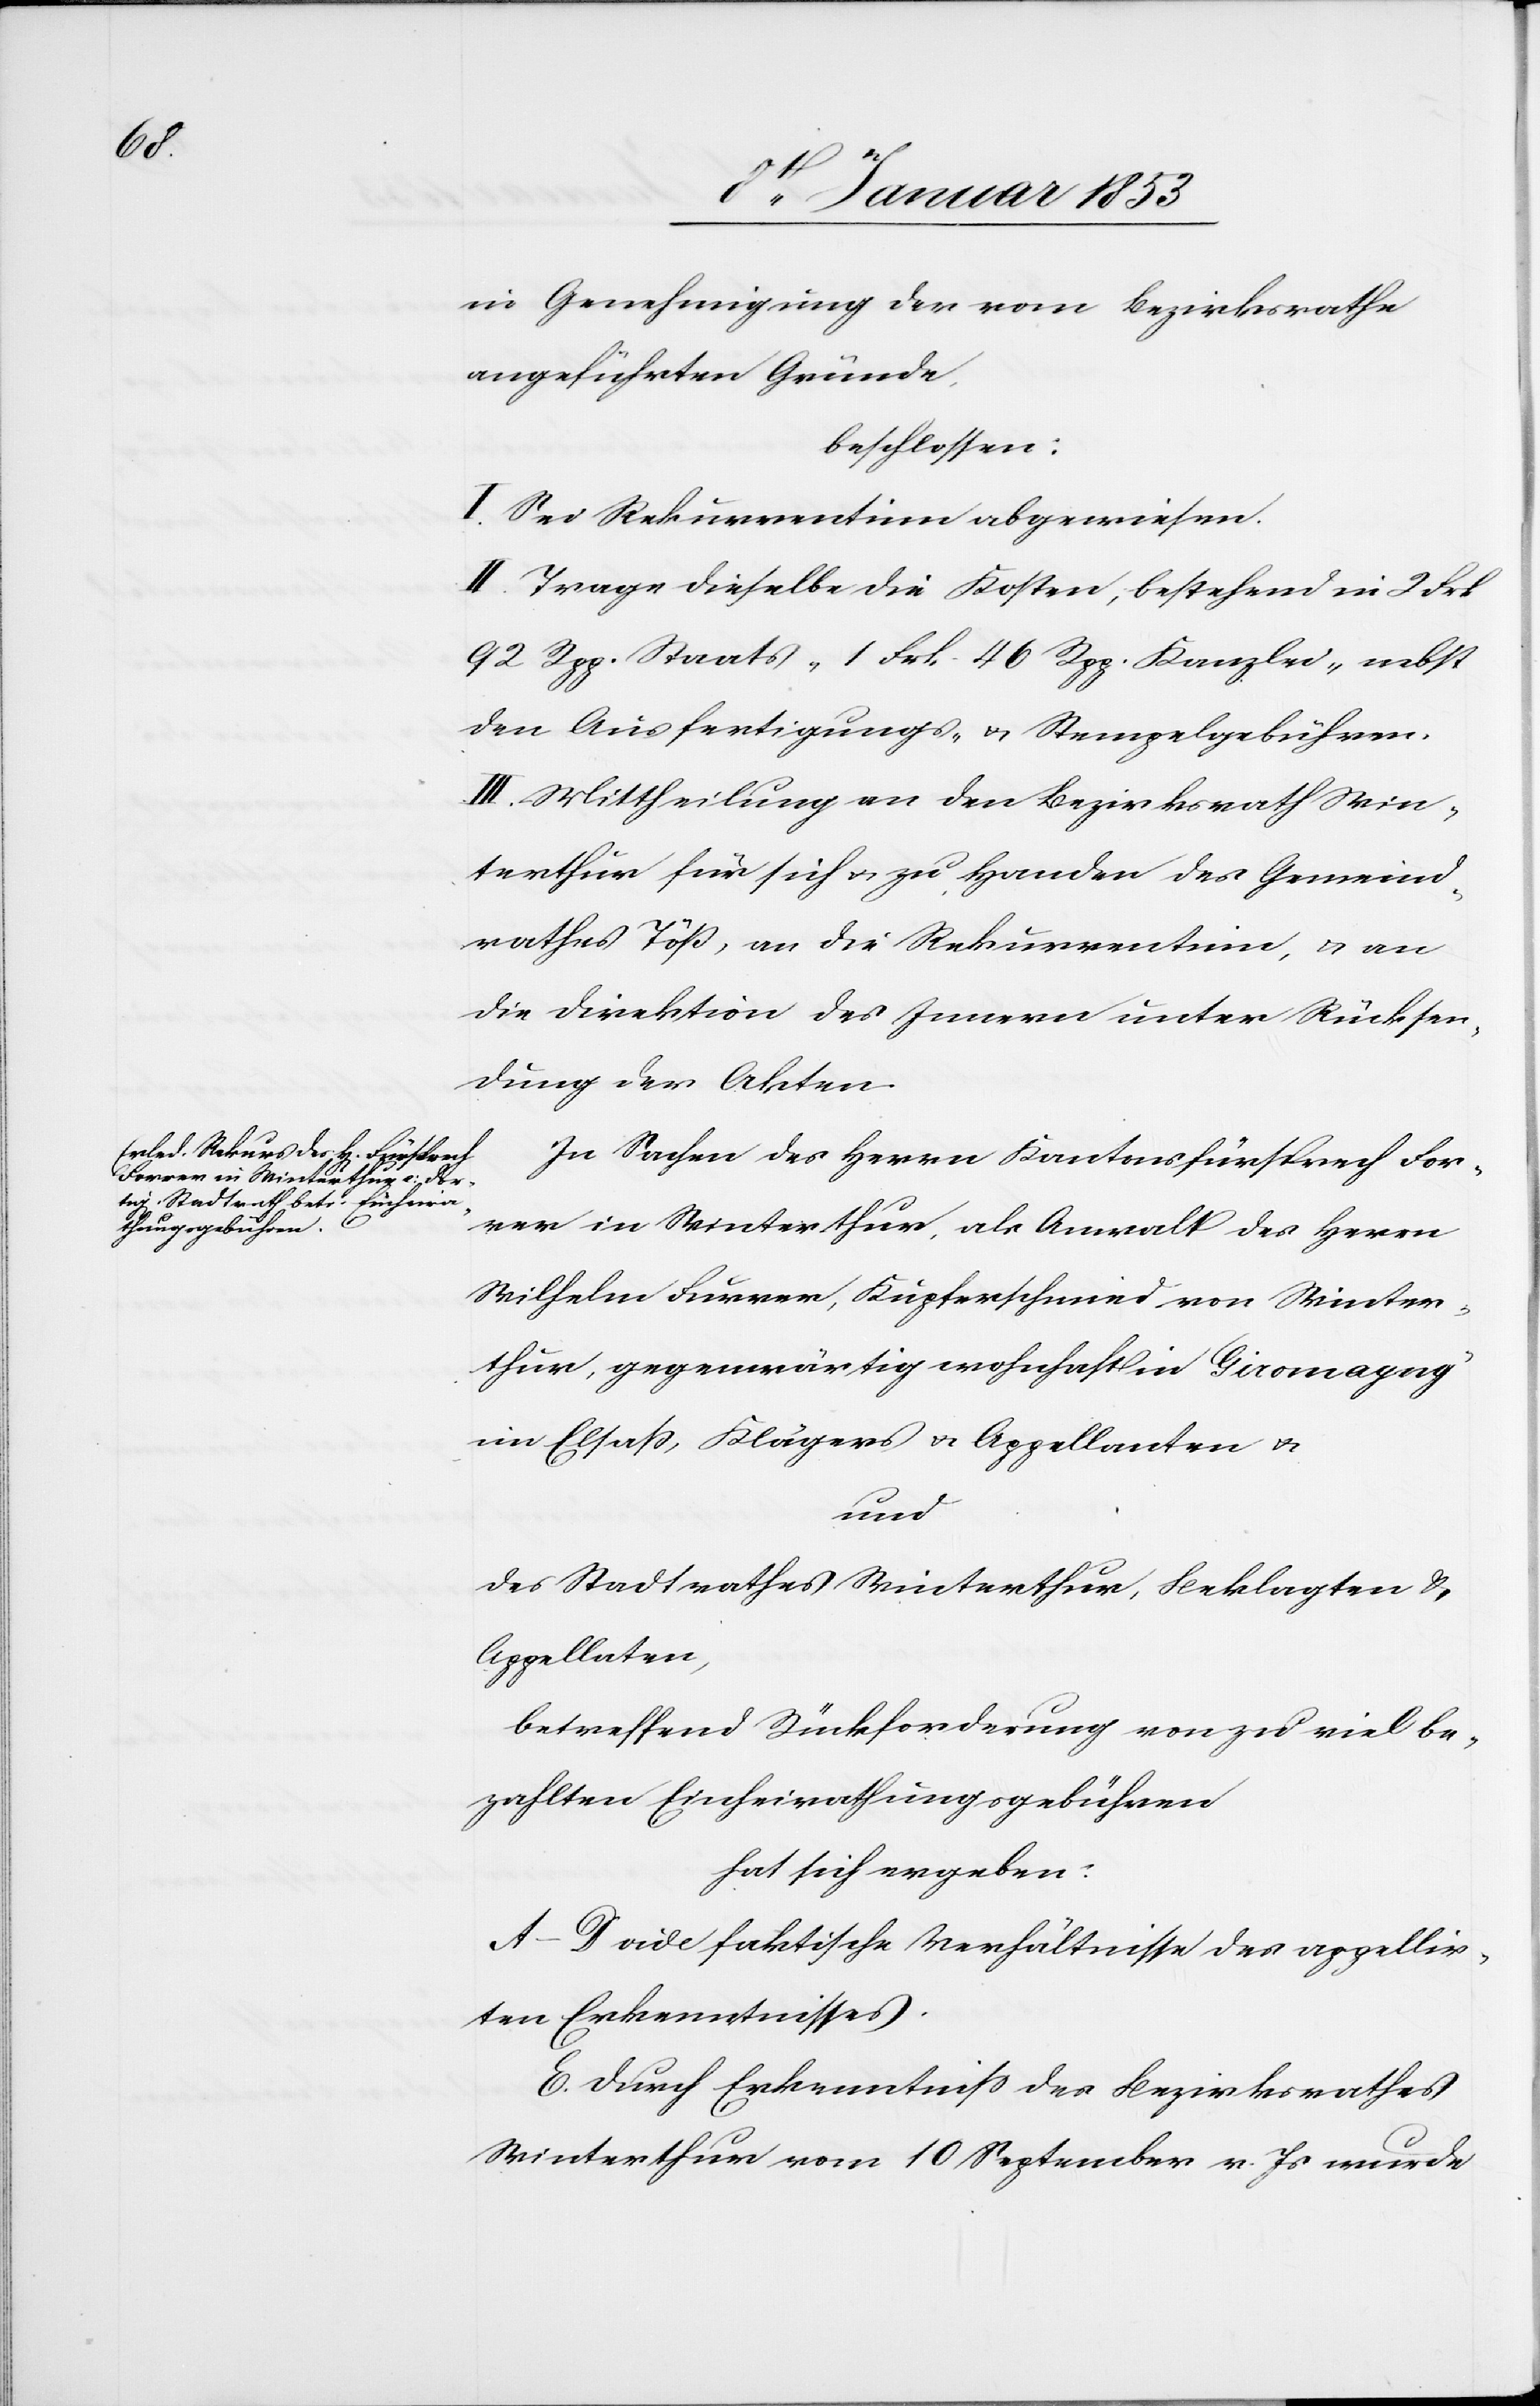
in Genehmigung der vom Bezirksrathe
angeführten Gründe
beschlossen:
I. Sei Rekurrentinn abgewiesen.
II. Trage dieselbe die Kosten, bestehend in 2 Frk
92 Rpp. Staats- 1 Frk 46 Rpp Kanzlei, nebst
den Ausfertigungs- u. Stempelgebühren.
III. Mittheilung an den Bezirksrath Win¬
terthur für sich u. zu Handen des Gemeind¬
rathes Töss, an die Rekurrentinn, u. an
die Direktion des Innern unter Rücksen¬
dung der Akten.
In Sachen des Herrn Kantonsfürsprech For¬
rer in Winterthur als Anwalt des Herrn
Wilhelm Furrer, Kupferschmied von Winter¬
thur, gegenwärtig wohnhaft in Giromagny
Elsass, Klägers v. Appellanten u.
und
des Stadtrathes Winterthur, Beklagten u.
Appellaten,
betreffend Rückforderung von zu viel be¬
zahlten Einheirathungsgebühren
hat sich ergeben:
A–D. vide faktische Verhältnisse des appellir¬
ten Erkenntnisses.
E. Durch Erkenntniß des Bezirksrathes
Winterthur vom 10 September v. Js. wurde